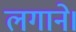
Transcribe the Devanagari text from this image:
लगाने।